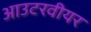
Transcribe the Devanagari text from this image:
आउटरवीयर